Bombay plague: being a history of the progress of plague in the Bombay presidency from September 1896 to June 1899
Year: 1896
Disease focus: Plague
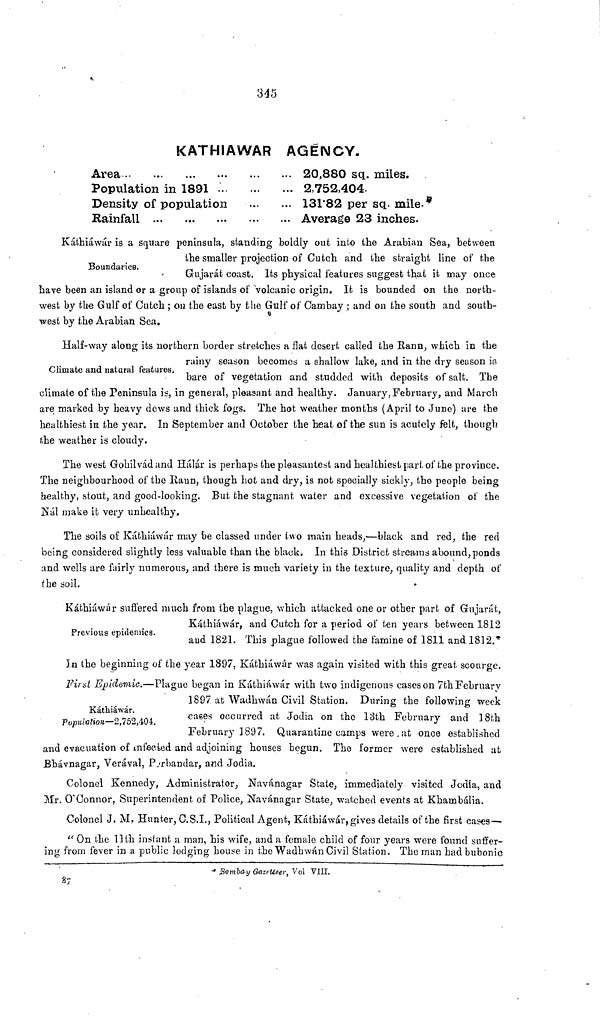
345
KATHIAWAR AGENCY.
Area
Population in 1891 ."
Density of population
Rainfall ...
••
20,880 sq. miles.
2,752,404.
131 82 per sq. mile.
Average 23 inches.
Boundaries.
Káthiáwár is a square peninsula, standing boldly out into the Arabian Sea, between
the smaller projection of Cutch and the straight line of the
Gujarát coast. Its physical features suggest that it may once
have been an island or a group of islands of volcanic origin. It is bounded on the north-
west by the Gulf of Cutch ; 011 the east by the Gulf of Cambay ; and on the south and south-
west by the Arabian Sea.
Climate and natural features.
Half-way along its northern border stretches a flat desert called the Rann, which in the
rainy season becomes a shallow lake, and in the dry season is
bare of vegetation and studded with deposits of salt. The
climate of the Peninsula is, in general, pleasant and healthy. January, February, and March
are marked by heavy dews and thick fogs. The hot weather months (April to June) are the
healthiest in the year. In September and October the heat of the sun is acutely felt, though
the weather is cloudy.
The west Gohilvád and Hálár is perhaps the pleasantest and healthiest part of the province.
The neighbourhood of the Rann, though hot and dry, is nob specially sickly, the people being
healthy, stout, and good-looking. But the stagnant water and excessive vegetation of the
Nál make it very unhealthy.
The soils of Káthiáwár may be classed under two main heads,—black and red, the red
being considered slightly less valuable than the black. In this District streams abound, ponds
and wells are fairly numerous, and there is much variety in the texture, quality and depth of
the soil.
Previous epidemics.
Kátchiáwár suffered much from the plague, which attacked one or other part of Gujarat,
Káthiáwár, and Cutch for a period of ten years between 1812
and 1821. This plague followed the famine of 1811 and 1812.*
In the beginning of the year 1897, Káthiáwár was again visited with this great scourge.
Káthiáwár.
Population—2,752,404.
First Epidemic.—Plague began in Káthiáwár with two indigenous cases on 7th February
1897 at Wadhwán Civil Station. During the following week
cases occurred at Jodia on the 13th February and 18th
February 1897. Quarantine camps were at once established
and evacuation of infected and adjoining houses begun. The former were established at
Bhávnagar, Verával, Perbandar, and Jodia.
Colonel Kennedy, Administrator, Navánagar State, immediately visited Jodia, and
Mr. O'Connor, Superintendent of Police, Navánagar State, watched events at Khambália.
Colonel J. M. Hunter, C.S.I., Political Agent, Káthiáwár, gives details of the first cases—
" On the 11th instant a man, his wife, and a female child of four years were found suffer-
ing from fever in a public lodging house in the Wadhwán Civil Station. The man had bubonic
* Bombay Gazetteer, Vol VIII.
87